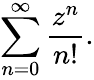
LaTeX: \sum_{n=0}^{\infty}{\frac{z^{n}}{n!}}.